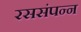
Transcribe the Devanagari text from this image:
रससंपन्न